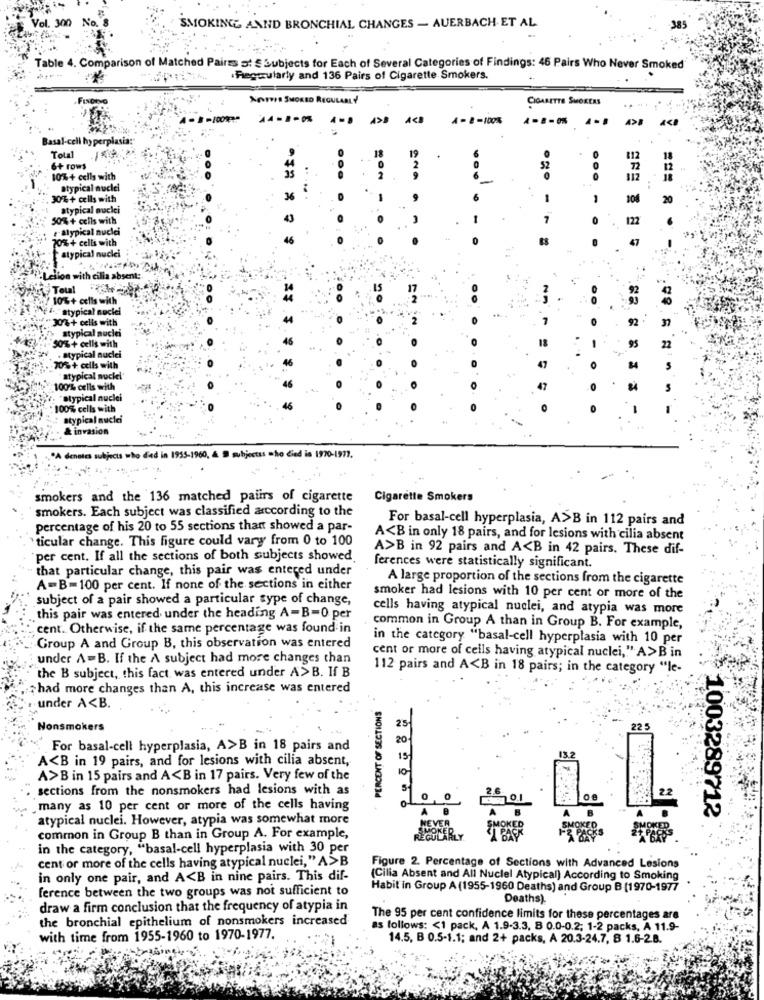
SMOKINGG ANND BRONCHIAL CHANGES - AUERBACH ET AL
Table 4. Comparison of Matched Pairss s: § Subjects for Each of Several Categories of Findings: 46 Pairs Who Never Smoked
.Riegorularly and 136 Pairs of Cigarette Smokers.
MONITOR SMOKED REGULARLY
CIGARETTE SMOKEAS
-100% **
14-8-0% 4-5 4>5 4<3 4-8-100%
4-8-0 4 -. .. ..
Basal-cell hyperplasia:
Total
6+ rows
52
12
10% + cells with
0
112
18
atypical nuclei
30% + cells with
1
-
106
20
atypical nuclei
7
0
122
47
atypical nuclei
Tout
10%+ cells with
atypical nuclei
30%+ cells with
atypical nuclei
50% + cells with
. atypical nuclei
70% + cells with
atypical nuclei
100% cells with
atypical nuclei
100% cells
atypical nuclei
& invasion
"A denotes su
Fed in
935-1960,
whjeess who died in 1970-1971.
smokers and the 136 matched pairs of cigarette
Cigarette Smokers
smokers. Each subject was classified according to the
For basal-cell hyperplasia, A>B in 112 pairs and
percentage of his 20 to 55 sections that showed a par-
ticular change. This figure could vary from 0 to 100
A<B in only 18 pairs, and for lesions with cilia absent
A>B in 92 pairs and A<B in 42 pairs. These dif-
"per cent. If all the sections of both subjects showed
that particular change, this pair was entered under
ferences were statistically significant.
A large proportion of the sections from the cigarette
A-B=100 per cent. If none of the sections in either
subject of a pair showed a particular type of change,
smoker had lesions with 10 per cent or more of the
cells having atypical nuclei, and atypia was more
this pair was entered under the heading A -B=0 per
cent. Otherwise, if the same percentage was found in
common in Group A than in Group B. For example,
in the category "basal-cell hyperplasia with 10 per
Group A and Group B, this observation was entered
under A =B. If the A subject had more changes than
cent or more of cells having atypical nuclei," A>Bin
the B subject, this fact was entered under A> B. If B
112 pairs and A<B in 18 pairs; in the category "le-
+had more changes than A, this increase was entered
under A<B.
PERCENT OF SECTIONS
Nonsmokers
25
20
. For basal-cell hyperplasia, A>B in 18 pairs and
13.2
A<B in 19 pairs, and for lesions with cilia absent,
A>B in 15 pairs and A<B in 17 pairs. Very few of the
sections from the nonsmokers had lesions with as
.many as 10 per cent or more of the cells having
atypical nuclei. However, atypia was somewhat more
1003289712
common in Group B than in Group A. For example,
in the category, "basal-cell hyperplasia with 30 per
cent or more of the cells having atypical nuclei," A>B
Figure 2. Percentage of Sections with Advanced Lesions
in only one pair, and A<B in nine pairs. This dif-
(Cilia Absent and All Nuclel Atypical) According to Smoking
ference between the two groups was not sufficient to
Habit in Group A (1955-1960 Deaths) and Group B (1970-1977
Deaths).
draw a firm conclusion that the frequency of atypia in
the bronchial epithelium of nonsmokers increased
The 95 per cent confidence limits for these percentages are
as follows: < 1 pack, A 1.9-3.3, 8 0.0-0.2; 1-2 packs, A 11.9-
with time from 1955-1960 to 1970-1977.
14.5, B 0.5-1.1; and 2+ packs, A 20.3-24.7, 8 1.6-2.8.